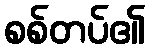
စစ်တပ်၏